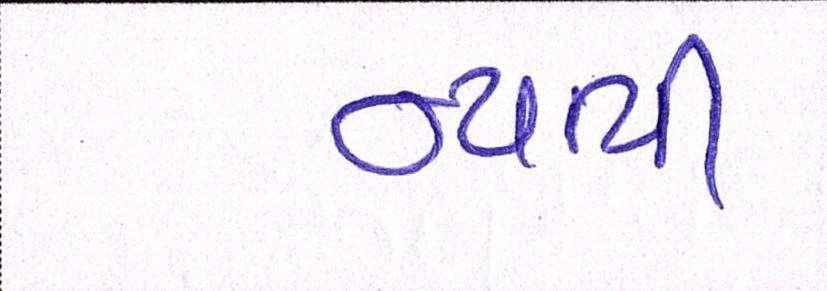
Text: ન્યાયી